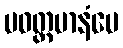
ပဝတ္တမာနံပေ